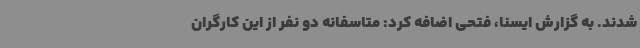
شدند. به گزارش ایسنا، فتحی اضافه کرد: متاسفانه دو نفر از این کارگران